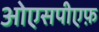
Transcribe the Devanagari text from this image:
ओएसपीएफ़